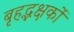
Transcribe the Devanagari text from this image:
बृहद्भक्षकों